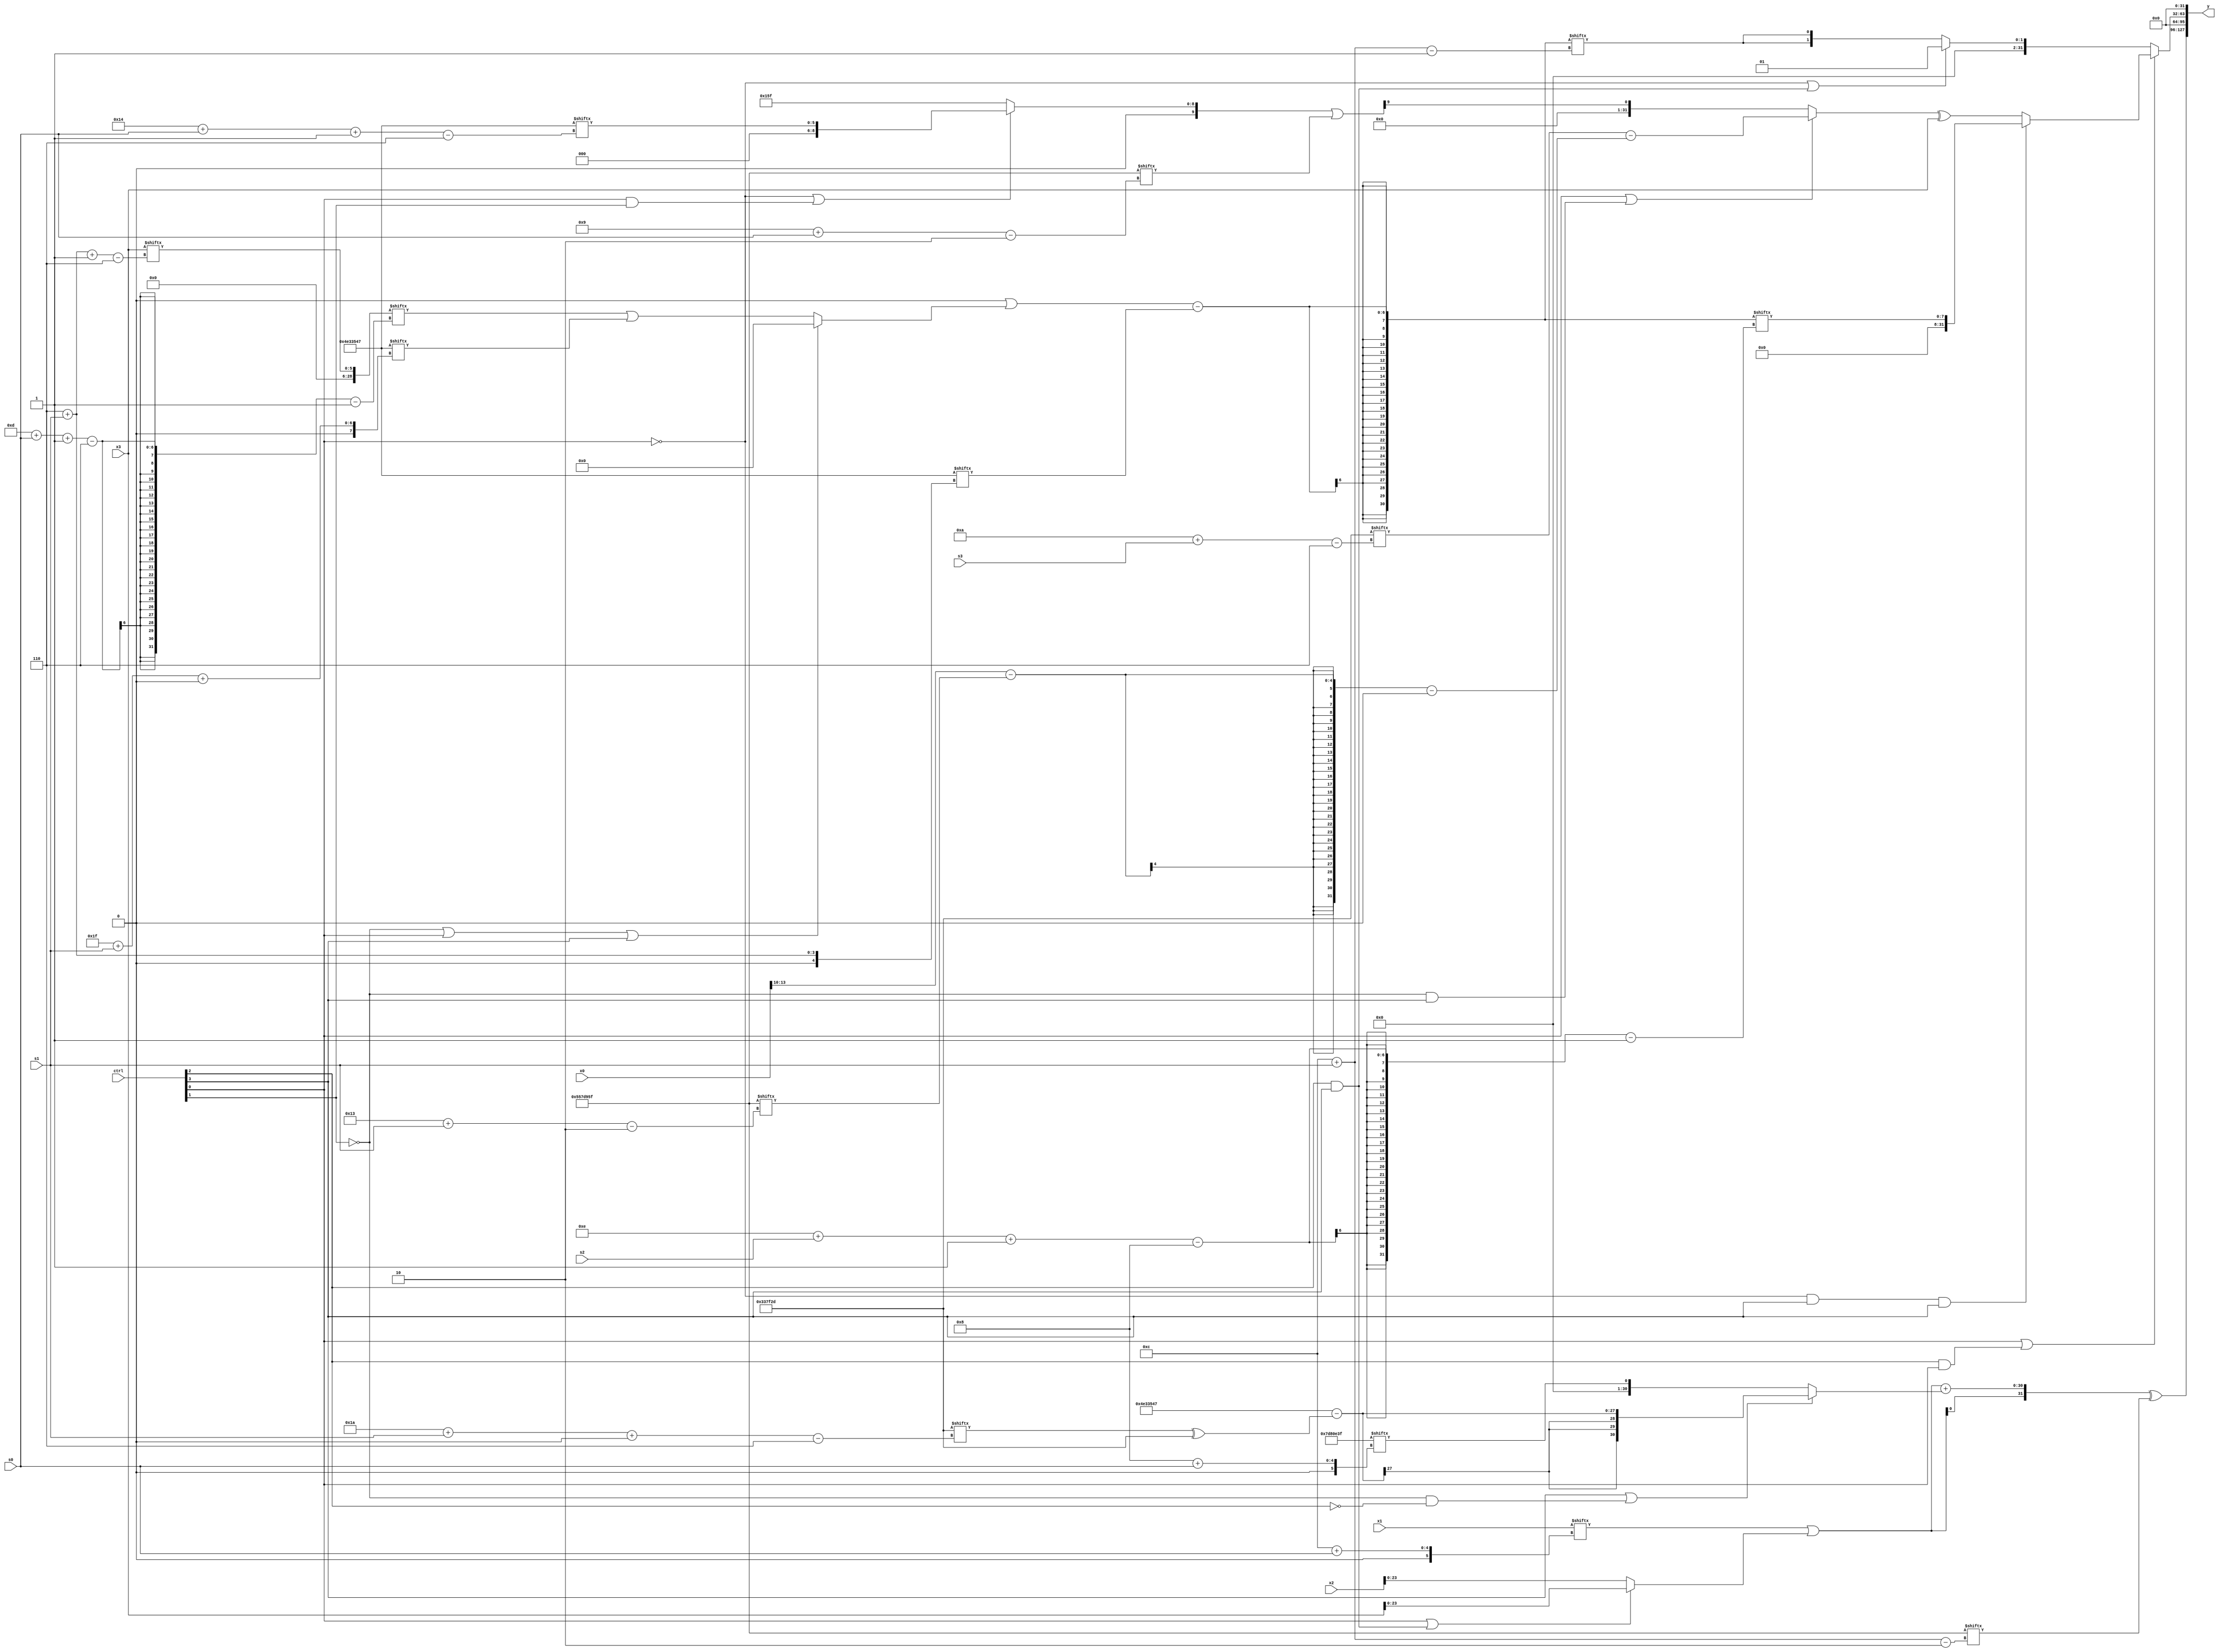
module partsel_00856(ctrl, s0, s1, s2, s3, x0, x1, x2, x3, y);
  input [3:0] ctrl;
  input [2:0] s0;
  input [2:0] s1;
  input [2:0] s2;
  input [2:0] s3;
  input signed [31:0] x0;
  input signed [31:0] x1;
  input signed [31:0] x2;
  input [31:0] x3;
  wire signed [27:5] x4;
  wire [30:0] x5;
  wire [5:28] x6;
  wire [29:1] x7;
  wire [31:1] x8;
  wire [6:29] x9;
  wire signed [4:24] x10;
  wire signed [26:1] x11;
  wire signed [29:3] x12;
  wire signed [25:3] x13;
  wire signed [31:2] x14;
  wire signed [1:31] x15;
  output [127:0] y;
  wire [31:0] y0;
  wire signed [31:0] y1;
  wire [31:0] y2;
  wire signed [31:0] y3;
  assign y = {y0,y1,y2,y3};
  localparam signed [27:6] p0 = 510885677;
  localparam signed [29:2] p1 = 626514271;
  localparam [30:0] p2 = 131599935;
  localparam [30:0] p3 = 81999175;
  assign x4 = p0[19 + s2];
  assign x5 = (x3[3 + s3 -: 2] - (!ctrl[2] && !ctrl[1] && ctrl[2] ? ((p3[17 +: 4] & (x1 & p3)) | ((x2[13] ^ p3[13]) & (x1[14] ^ (p1[16 + s3 -: 6] | (p2[22 -: 1] & (x2[13 -: 3] | x3)))))) : (((x3[19 + s2] ^ (x2[17 -: 1] ^ ((x1[25 + s1 +: 8] ^ p2[15 +: 2]) | x2[5 + s1]))) ^ {2{p0}}) | x2[10])));
  assign x6 = (x1[12 + s0] | {2{(ctrl[0] || ctrl[2] && ctrl[3] ? x3 : x2)}});
  assign x7 = x3[6 + s1 -: 6];
  assign x8 = ((x4[16 -: 1] | (!ctrl[1] || ctrl[0] || ctrl[3] ? x4[16 +: 1] : (x7[13 + s0 -: 6] | p3[31 + s1 +: 3]))) - p3[6 + s1]);
  assign x9 = p1[18 +: 4];
  assign x10 = (!ctrl[0] || ctrl[0] || !ctrl[1] ? ((!ctrl[0] || ctrl[0] && ctrl[1] ? p3[20 + s0 -: 6] : p1) | p1[9 + s0]) : {(p0[9 +: 3] - (x6 & (p1 - p0[15 + s3]))), (x7[13 +: 3] ^ x1)});
  assign x11 = p1;
  assign x12 = (!ctrl[0] && ctrl[3] || !ctrl[3] ? x4[9] : {2{x11}});
  assign x13 = (p2[3 + s3 +: 7] & {p1[10 +: 4], (x9[4 + s3] | (p2 - p2))});
  assign x14 = x12[4 + s2];
  assign x15 = p1[12 + s1];
  assign y0 = ({x6, (x6 + (ctrl[3] || !ctrl[1] && !ctrl[2] ? (p3 - (p0[26 + s1 +: 2] ^ p0)) : p2[8 + s0]))} ^ x15);
  assign y1 = x7[14 +: 3];
  assign y2 = (ctrl[0] || ctrl[2] && ctrl[0] ? (!ctrl[0] && ctrl[3] && ctrl[3] ? x8[14 + s2 -: 8] : ((ctrl[0] || !ctrl[1] && ctrl[3] ? (p0[10 + s3] - ((x0[13 -: 4] - p1[19 + s1]) - x11[8])) : x10[15]) ^ x3)) : (!ctrl[0] || ctrl[2] && ctrl[3] ? p1[8] : {2{x8[12 + s1]}}));
  assign y3 = p2[15 -: 4];
endmodule